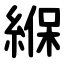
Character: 緥